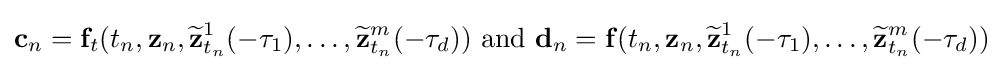
\mathbf {c} _{n}=\mathbf {f} _{t}(t_{n},\mathbf {z} _{n},{\widetilde {\mathbf {z} }}_{t_{n}}^{1}(-\tau _{1}),\ldots ,{\widetilde {\mathbf {z} }}_{t_{n}}^{m}(-\tau _{d})){\text{ and }}\mathbf {d} _{n}=\mathbf {f(} t_{n},\mathbf {z} _{n},{\widetilde {\mathbf {z} }}_{t_{n}}^{1}(-\tau _{1}),\ldots ,{\widetilde {\mathbf {z} }}_{t_{n}}^{m}(-\tau _{d}))